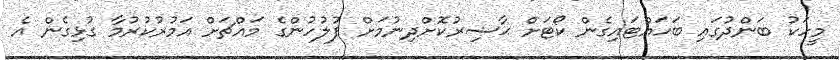
މީހަކު ބަންދުގައި ބަހައްޓައިގެން ކޯޓަށް ޙާޟިރުކޮށްދިނުމަށް ފުލުހުންގެ މައްޗަށް އަމުރުކުރުމާ ގުޅިގެން އެ